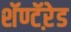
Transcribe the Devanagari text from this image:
शॅण्टॅऱेड